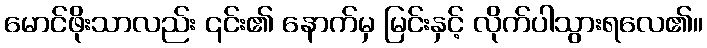
မောင်ဖိုးသာလည်း ၎င်း၏ နောက်မှ မြင်းနှင့် လိုက်ပါသွားရလေ၏။